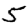
Digit: 5